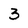
Character: 3